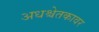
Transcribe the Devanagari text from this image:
अधश्चेतकावर